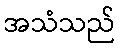
အသံသည်